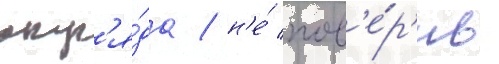
отр'я́да / н'е́ пов'е́р'ив